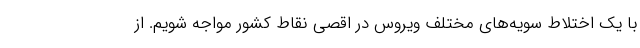
با یک اختلاط سویه‌های مختلف ویروس در اقصی نقاط کشور مواجه شویم. از